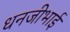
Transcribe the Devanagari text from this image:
धनजीभाई